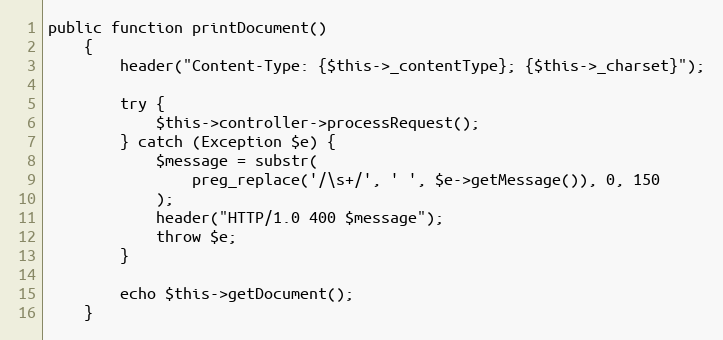
Language: PHP
public function printDocument()
    {
        header("Content-Type: {$this->_contentType}; {$this->_charset}");

        try {
            $this->controller->processRequest();
        } catch (Exception $e) {
            $message = substr(
                preg_replace('/\s+/', ' ', $e->getMessage()), 0, 150
            );
            header("HTTP/1.0 400 $message");
            throw $e;
        }

        echo $this->getDocument();
    }